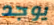
يوجد